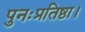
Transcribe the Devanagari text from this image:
पुनःप्रतिष्ठा।